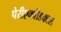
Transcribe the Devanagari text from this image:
पेरीएक्वीडक्टल